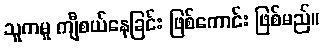
သူကမူ ကျီစယ်နေခြင်း ဖြစ်ကောင်း ဖြစ်မည်။